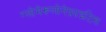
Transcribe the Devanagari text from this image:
ग्लोमेरूलोनेफ्राइटिस